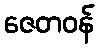
ဇေတဝန်